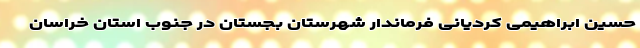
حسین ابراهیمی کردیانی فرماندار شهرستان بجستان در جنوب استان خراسان